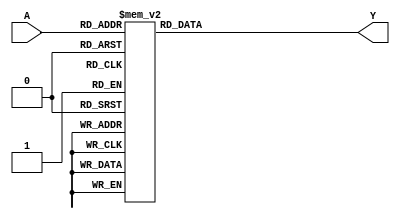
module PrimeImplicant(
    input [3:0] A,    // 4-bit input representing the variables
    output reg Y      // Output of the minimized function
);

// Define the truth table for the specific Boolean function
// This truth table maps the input combinations to output values
// For example, let's assume we have a function F(A) that is true for minterms 0, 1, 2, 5, 6, 7, 8, 9, 10, 14
// Binary representation of the minterms: 0000, 0001, 0010, 0101, 0110, 0111, 1000, 1001, 1010, 1110
wire [15:0] truth_table = 16'b1111111110000000; // Minterms 0, 1, 2, 5, 6, 7, 8, 9, 10, 14

always @(*) begin
    case (A)
        // Check each input combination against the truth table
        4'b0000: Y = truth_table[0]; // minterm 0
        4'b0001: Y = truth_table[1]; // minterm 1
        4'b0010: Y = truth_table[2]; // minterm 2
        4'b0011: Y = truth_table[3]; // minterm 3
        4'b0100: Y = truth_table[4]; // minterm 4
        4'b0101: Y = truth_table[5]; // minterm 5
        4'b0110: Y = truth_table[6]; // minterm 6
        4'b0111: Y = truth_table[7]; // minterm 7
        4'b1000: Y = truth_table[8]; // minterm 8
        4'b1001: Y = truth_table[9]; // minterm 9
        4'b1010: Y = truth_table[10]; // minterm 10
        4'b1011: Y = truth_table[11]; // minterm 11
        4'b1100: Y = truth_table[12]; // minterm 12
        4'b1101: Y = truth_table[13]; // minterm 13
        4'b1110: Y = truth_table[14]; // minterm 14
        4'b1111: Y = truth_table[15]; // minterm 15
        default: Y = 1'b0;             // Default case
    endcase
end

endmodule